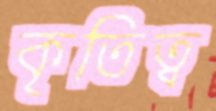
কৃতিত্ব